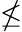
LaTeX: \nleq